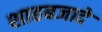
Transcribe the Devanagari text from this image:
शाहबजादे